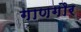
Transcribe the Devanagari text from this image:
गाणगौर